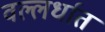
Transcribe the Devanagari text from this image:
वल्लर्धात